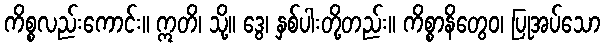
ကိစ္စလည်းကောင်း။ ဣတိ၊ သို့။ ဒွေ၊ နှစ်ပါးတို့တည်း။ ကိစ္စာနိတွေဝ၊ ပြုအပ်သော